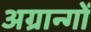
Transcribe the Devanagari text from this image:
अग्रान्गों